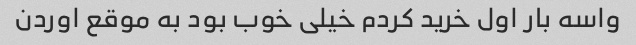
واسه بار اول خرید کردم خیلی خوب بود به موقع اوردن‌